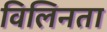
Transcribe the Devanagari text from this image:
विलिनता